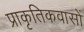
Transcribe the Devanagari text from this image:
प्राकृतिकवासों